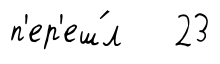
п'ер'еш́л 23